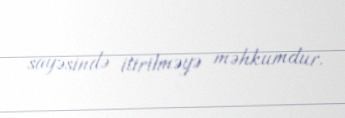
sayəsində itirilməyə məhkumdur.